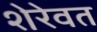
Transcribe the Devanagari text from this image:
शेरेवत